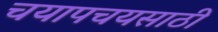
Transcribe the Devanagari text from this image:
चयापचयसाठी